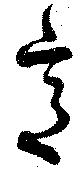
意